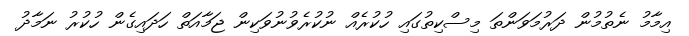
އިމާމު ނެތުމުން ދަރުމަވަންތަ މިސްކިތުގައި ހުކުރެއް ނުކުރެވުނުވަކިން ޖަމާއަތް ހަދައިގެން ހުކުރު ނަމާދު